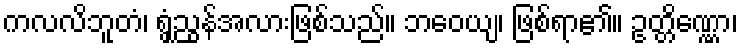
ကလလိဘူတံ၊ ရွှံ့ညွန်အလားဖြစ်သည်။ ဘဝေယျ၊ ဖြစ်ရာ၏။ ဥတ္တိဏ္ဏော၊